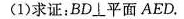
(1) 求证：BD\perp平面AED.